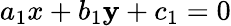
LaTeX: a_{1}x+b_{1}\mathbf{y}+c_{1}=0